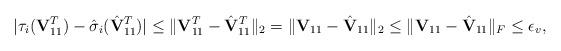
LaTeX: \begin{align*}|\tau_{i}(\mathbf{V}^{T}_{11}) - \hat{\sigma}_{i}(\hat{\mathbf{V}}^{T}_{11})| \leq \|\mathbf{V}^{T}_{11} - \hat{\mathbf{V}}^{T}_{11}\|_{2} = \|\mathbf{V}_{11} - \hat{\mathbf{V}}_{11}\|_{2} \leq \|\mathbf{V}_{11} - \hat{\mathbf{V}}_{11}\|_F \leq \epsilon_v,\end{align*}